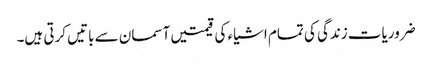
ضروریات زندگی کی تمام اشیاء کی قیمتیں آسمان سے باتیں کرتی ہیں۔